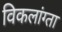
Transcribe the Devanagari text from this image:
विकलांग्‍ता